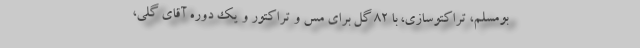
بومسلم، تراکتوسازی، با 82 گل برای مس و تراکتور و یک دوره آقای گلی،